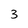
Character: 3